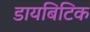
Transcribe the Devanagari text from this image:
डायबिटिक